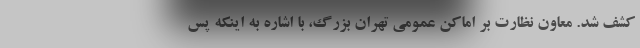
کشف شد. معاون نظارت بر اماکن عمومی تهران بزرگ، با اشاره به اینکه پس